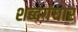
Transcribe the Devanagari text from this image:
शब्दगंधार